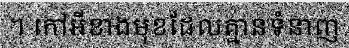
។ កៅអីខាងមុខដែលគ្មានទំនាញ